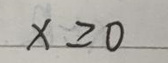
$x \geq 0$